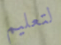
لتعليم